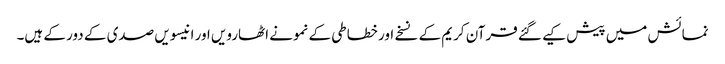
نمائش میں پیش کیے گئے قرآن کریم کے نسخے اور خطاطی کے نمونے اٹھارویں اور انیسویں صدی کے دور کے ہیں۔